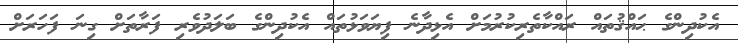
އެކުދިންގެ ޙައްޤުތައް ރައްކާތެރިކުރުމަށް އެޅިދާނެ ފިޔަވަޅުތައް އެކުދިންގެ ބަލަދުވެރި ފަރާތަށް ގިނަ ފަހަރަށް